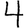
Digit: 4